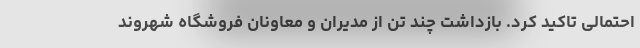
احتمالی تاکید کرد. بازداشت چند تن از مدیران و معاونان فروشگاه شهروند